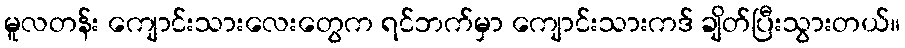
မူလတန်း ကျောင်းသားလေးတွေက ရင်ဘက်မှာ ကျောင်းသားကဒ် ချိတ်ပြီးသွားတယ်။